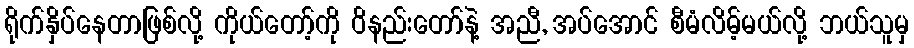
ရိုက်နှိပ်နေတာဖြစ်လို့ ကိုယ်တော့်ကို ဝိနည်းတော်နဲ့ အညီ, အပ်အောင် စီမံလိမ့်မယ်လို့ ဘယ်သူမှ